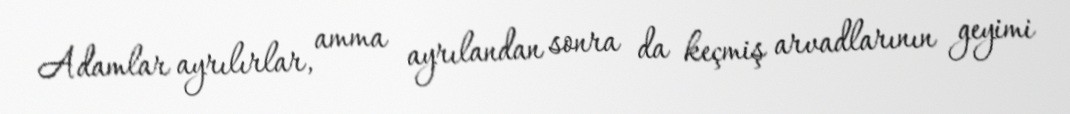
Adamlar ayrılırlar, amma ayrılandan sonra da keçmiş arvadlarının geyimi